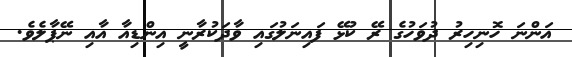
އަންނަ ހޮނިހިރު ދުވަހުގެ ރޭ ކުޅޭ ފައިނަލުގައި ވާދަކުރާނީ އިންޑިއާ އާއި ނޭޕާލެވެ.